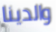
والدينا